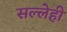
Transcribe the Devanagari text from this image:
सल्लेही